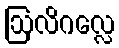
ဩလိဂလ္လေ